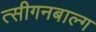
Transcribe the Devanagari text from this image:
त्सीगनबाल्ग